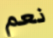
نعم